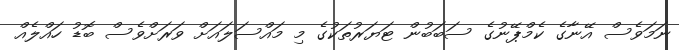
ނަމަވެސް އޭނާގެ ކެމްޕޭނުގެ ސަބަބުން ޓަޔަރުތަކުގެ މި މައްސަލައަށް ވަރަށްވެސް ބޮޑު ހައްލެއް